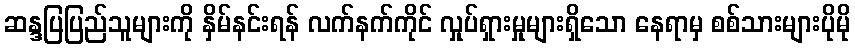
ဆန္ဒပြပြည်သူများကို နှိမ်နင်းရန် လက်နက်ကိုင် လှုပ်ရှားမှုများရှိသော နေရာမှ စစ်သားများပိုမို